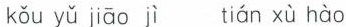
kǒu yǔ jiāo jì tián xù hào